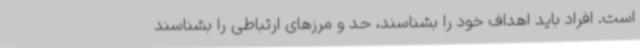
است. افراد باید اهداف خود را بشناسند، حد و مرزهای ارتباطی را بشناسند